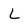
Character: L